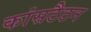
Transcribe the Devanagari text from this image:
कांसटैटन